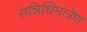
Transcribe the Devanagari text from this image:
सन्निधिमात्रेण